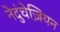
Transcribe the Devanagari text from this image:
नेदुंचेज़ियन